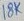
Text: 18K